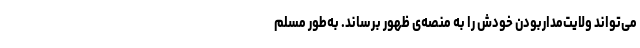
می‌تواند ولایت‌مداربودن خودش را به منصه‌ی ظهور برساند. به‌طور مسلّم